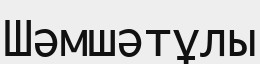
Шәмшәтұлы